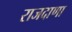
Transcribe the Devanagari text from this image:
राजदाणा